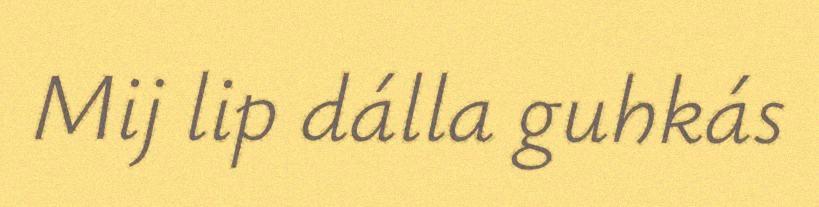
Mij lip dálla guhkás